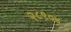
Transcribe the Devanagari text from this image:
२८१०४